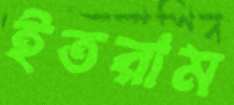
ইতরাম